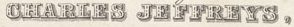
CHARLES JEFFREYS,